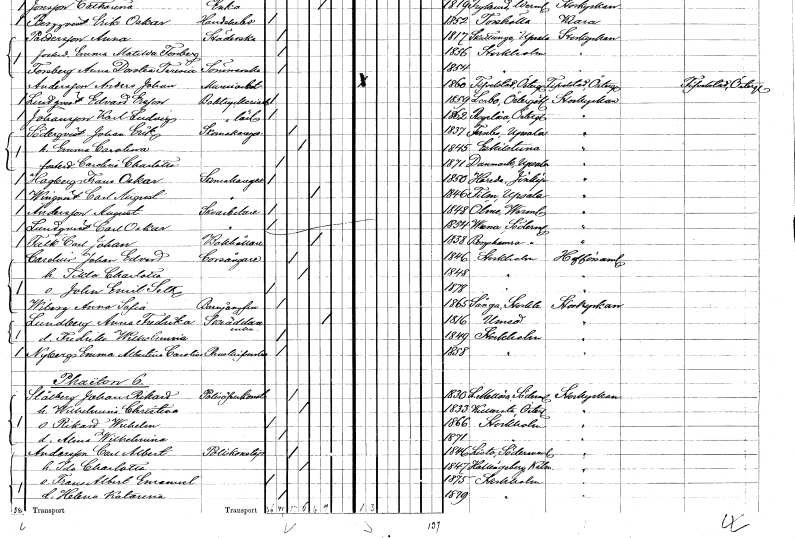
gt_parse: households: individuals: FN: Johan Erik
EN: Söderqvist
YRKE: Skomakaregesäll
KON: M
CIV: G
FODAR: 1837
FODFORS: Funbo Uppsala län
FN: Emma Carolina
KON: K
CIV: G
FODAR: 1845
FODFORS: Eskilstuna Södermanlands län
FN: Carolina Charlotta
KON: K
CIV: O
FODAR: 1871
FODFORS: Danmark Uppsala län
FN: Frans Oskar
EN: Hagberg
YRKE: Skomakaregesäll
KON: M
CIV: O
FODAR: 1850
FODFORS: Höreda Jönköpings län
FN: Carl August
EN: Winqvist
YRKE: Skomakaregesäll
KON: M
CIV: E
FODAR: 1846
FODFORS: Film Uppsala län
FN: August
EN: Andersson
YRKE: Skoarbetare
KON: M
CIV: O
FODAR: 1848
FODFORS: Ölme Värmlands län
FN: Carl Oskar
EN: Lundqvist
YRKE: Skoarbetare
KON: M
CIV: O
FODAR: 1854
FODFORS: Vrena Södermanlands län
FN: Carl Johan
EN: Falk
YRKE: Bokhållare
KON: M
CIV: E
FODAR: 1838
FODFORS: Bergshammar Södermanlands län
FN: Johan Edvard
EN: Carolius
YRKE: Korsångare
KON: M
CIV: G
FODAR: 1846
FODFORS: Stockholm
FN: Tekla Charlotta
KON: K
CIV: G
FODAR: 1848
FODFORS: Stockholm
FN: John Emil Seth
KON: M
CIV: O
FODAR: 1878
FODFORS: Stockholm
FN: Anna Sofia
EN: Wiberg
YRKE: Barnjungfru
KON: K
CIV: O
FODAR: 1865
FODFORS: Sånga Stockholms län
FN: Anna Fredrika
EN: Lundberg
YRKE: Skräddareänka
KON: K
CIV: E
FODAR: 1816
FODFORS: Umeå Västerbottens län
FN: Fredrika Wilhelmina
KON: K
CIV: O
FODAR: 1849
FODFORS: Stockholm
FN: Emma Albertina Carolina
EN: Nyberg
YRKE: Renskriverska
KON: K
CIV: O
FODAR: 1858
FODFORS: Stockholm
FN: Johan Rikard
EN: Stålberg
YRKE: Polisöverkonstapel
KON: M
CIV: G
FODAR: 1830
FODFORS: Lilla Mellösa Södermanlands län
FN: Wilhelmina Christina
KON: K
CIV: G
FODAR: 1833
FODFORS: Kullerstad Östergötlands län
FN: Rikard Wilhelm
KON: M
CIV: O
FODAR: 1866
FODFORS: Stockholm
FN: Alma Wilhelmina
KON: K
CIV: O
FODAR: 1871
FODFORS: Stockholm
FN: Carl Albert
EN: Andersson
YRKE: Poliskonstapel
KON: M
CIV: G
FODAR: 1846
FODFORS: Lista Södermanlands län
FN: Ida Charlotta
KON: K
CIV: G
FODAR: 1847
FODFORS: Hallingeberg Kalmar län
FN: Frans Albert Emanuel
KON: M
CIV: O
FODAR: 1875
FODFORS: Stockholm
FN: Helena Katarina
KON: K
CIV: O
FODAR: 1879
FODFORS: Stockholm